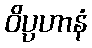
ဝိပ္ပဟာနံ